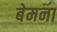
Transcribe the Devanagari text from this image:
बेमना